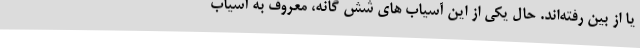
یا از بین رفته‌اند. حال یکی از این آسیاب های شش گانه، معروف به آسیاب